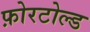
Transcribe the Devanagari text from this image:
फ़ोरटोल्ड